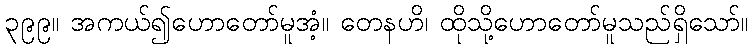
၃၉၉။ အကယ်၍ဟောတော်မူအံ့။ တေနဟိ၊ ထိုသို့ဟောတော်မူသည်ရှိသော်။